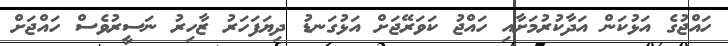
ހައްޖުގެ އަޅުކަން އަދާކުރުމަށާއި ހައްޖު ކަވަރޭޖަށް އަޅުގަނޑު ދިޔަފަހަރު ޒާހިރު ނަސީރުވެސް ހައްޖަށް